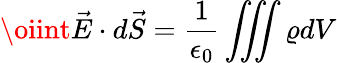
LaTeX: \oiint\vec{E}\cdot d\vec{S}=\frac{1}{\epsilon_{0}}\iiint\varrho dV